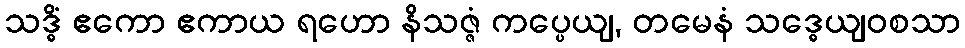
သဒ္ဓိံ ဧကော ဧကာယ ရဟော နိသဇ္ဇံ ကပ္ပေယျ, တမေနံ သဒ္ဓေယျဝစသာ